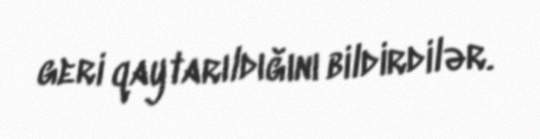
geri qaytarıldığını bildirdilər.